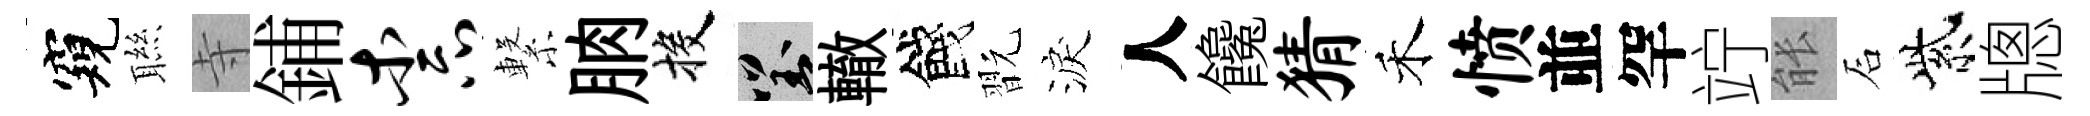
窺聮寺鋪柰繋朒投對轍餞翫淚人饞猜禾愤並罕竚䏻石紫牕